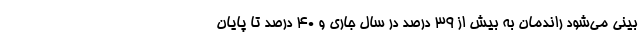
بینی می‌شود راندمان به بیش از ۳۹ درصد در سال جاری و ۴۰ درصد تا پایان